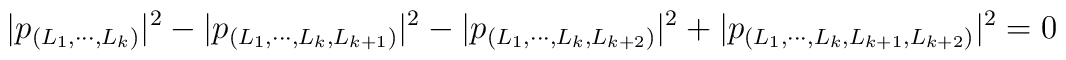
|p_{(L_1,\cdots,L_k)}|^2-|p_{(L_1,\cdots,L_k,L_{k+1})}|^2-|p_{(L_1,\cdots,L_k,L_{k+2})}|^2+|p_{(L_1,\cdots,L_k,L_{k+1},L_{k+2})}|^2=0